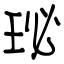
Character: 珌